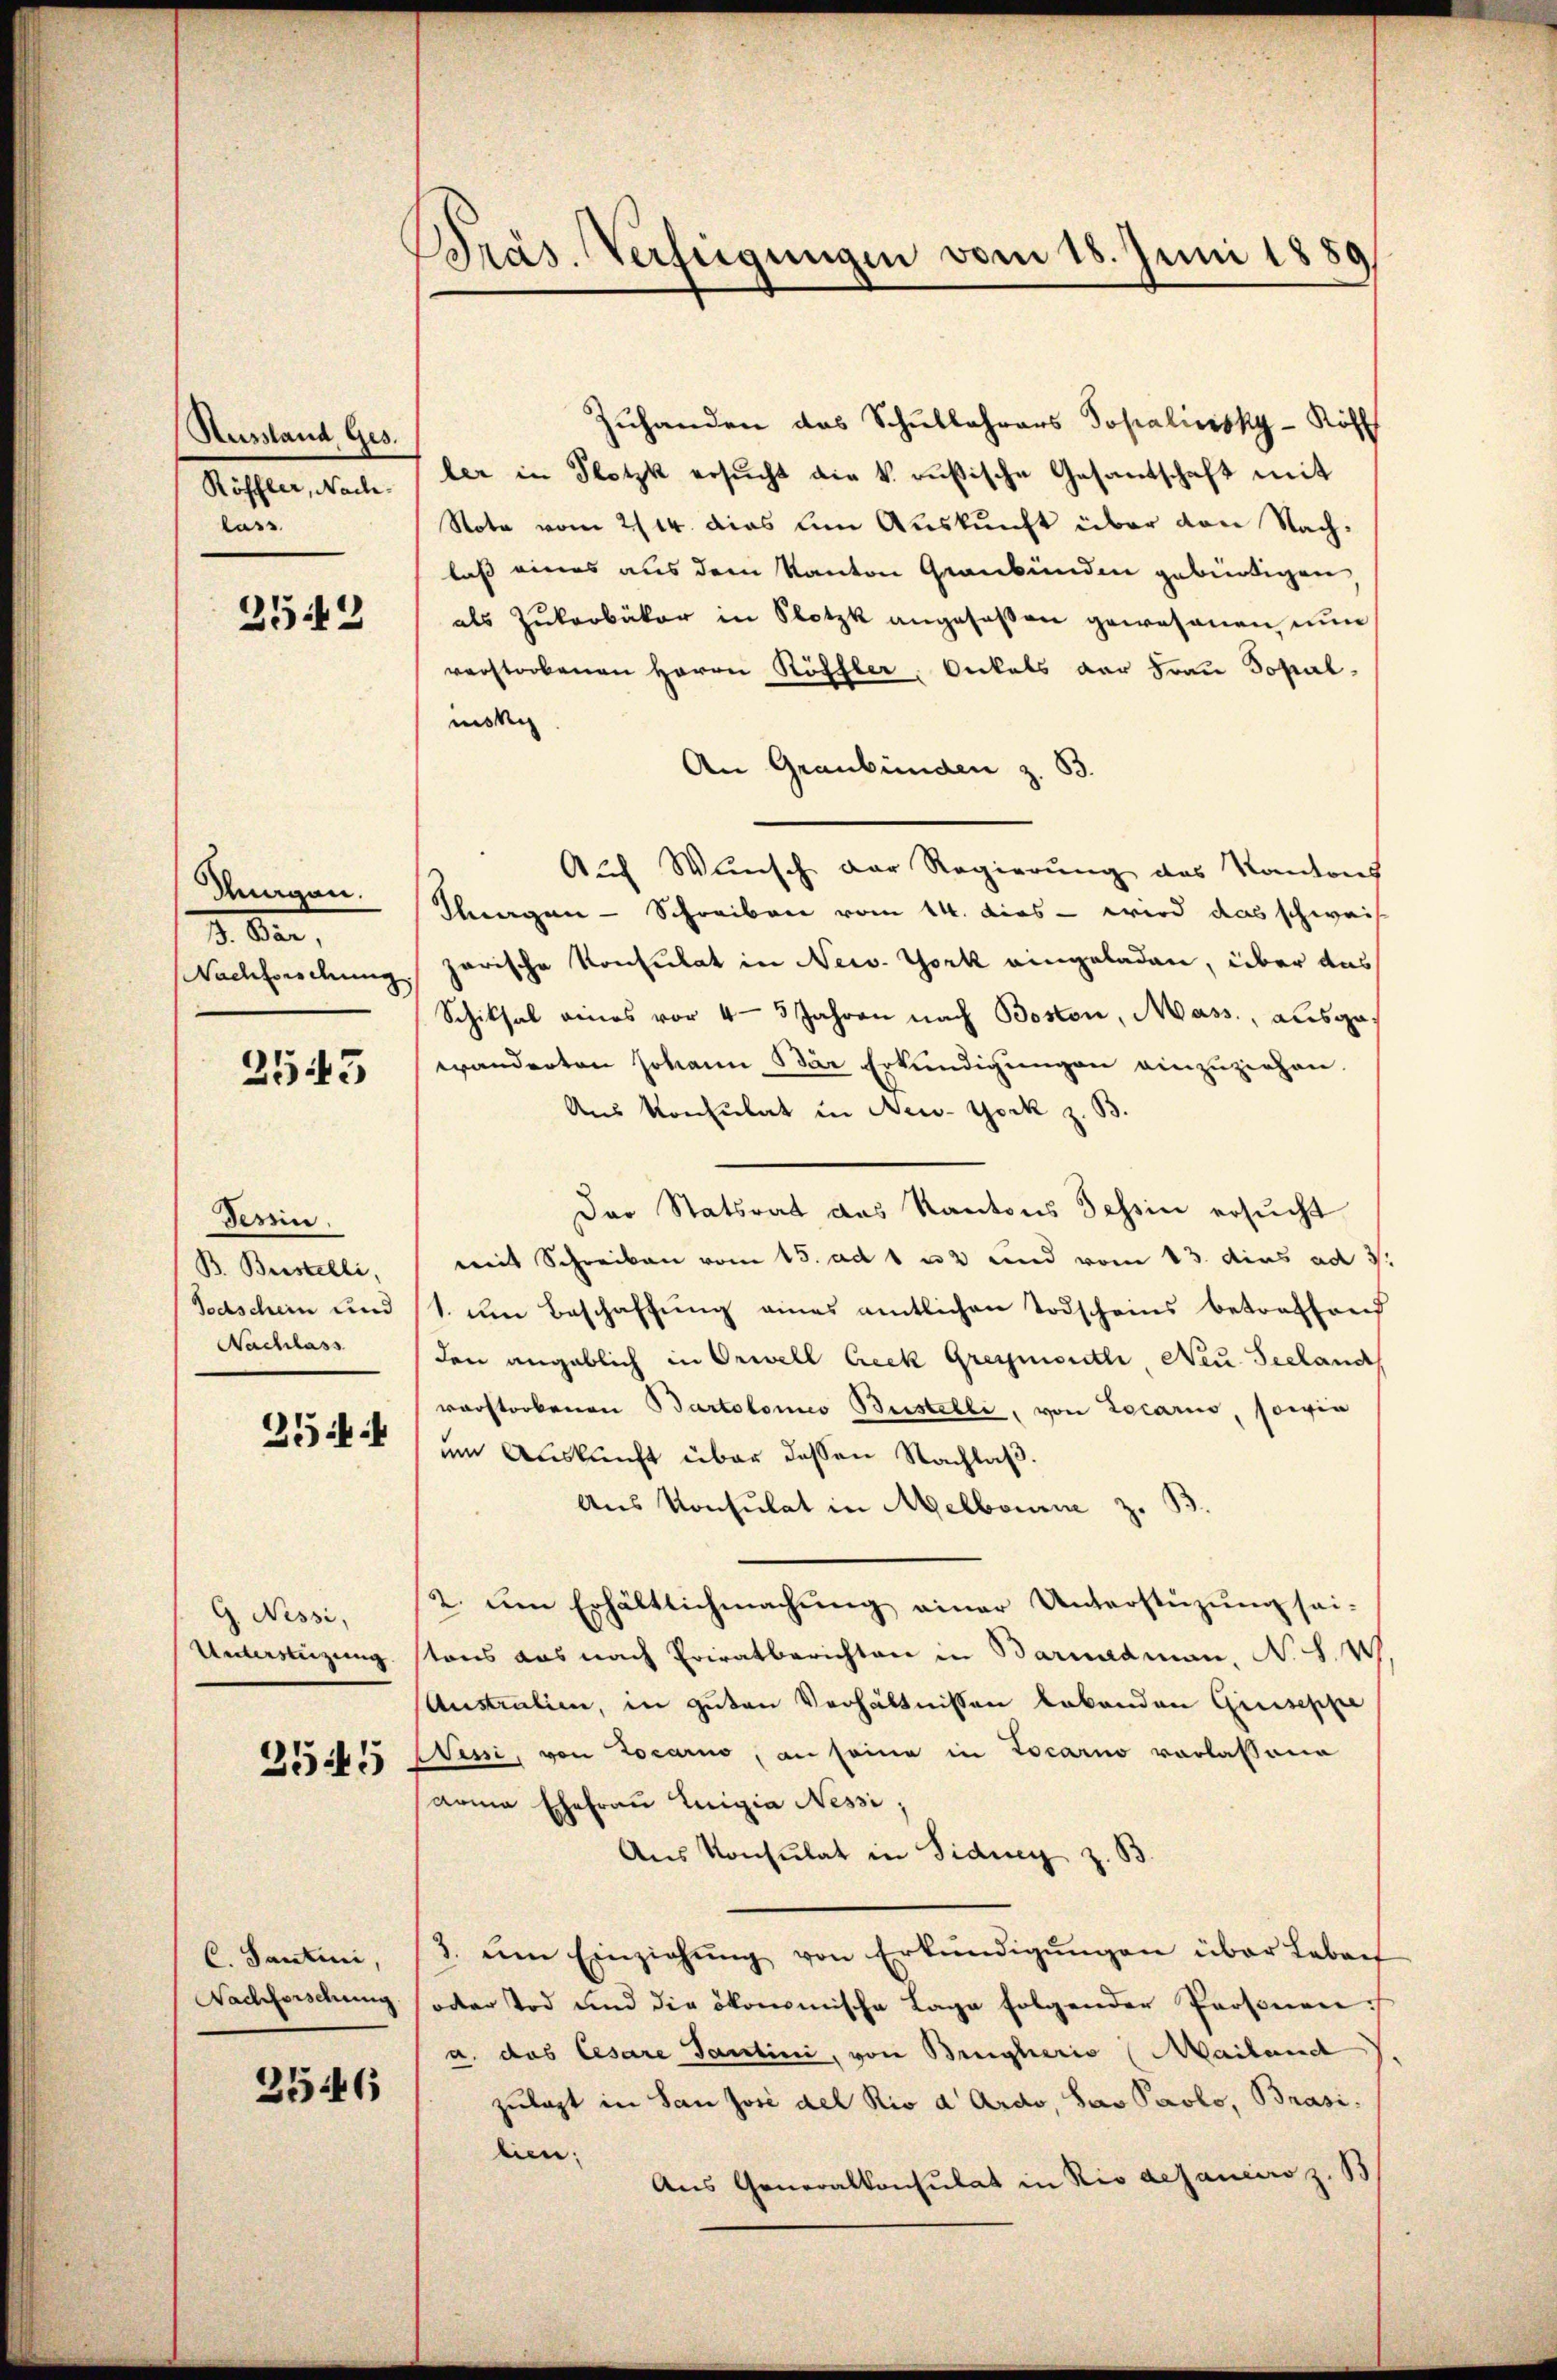
Aussland Ges.
Röffler, Nachlass

2542

dungen.
3. Dir,
Nachterdung

2543

Tessin.
B. Bestelli,
Todschein und
Nachlass

254

G. Nessi,
Unterstüzung

2545

C. Santini,
Nachforschung

2546

Präs. Verfügungen vom 18. Juni 1889

Zuhanden das Schullehrers Topalinsky - Röhl
ler in Plotzk ersŭcht die k. rusische Gesantschaft mit
Note vom 2/14. dies am Auskunft über den Nachlaß eines aus dem Kanton Graubünden gebürtigen
als Zukerbäker in Klotzk angeseßen gewesenen nun
verstorbenen Herrn Köffler, Onkels der Frau Sopal-
msk
An Graubünden z. B.
Auf Wunsch der Regierung des Kantons
Klangen - Schreiben vom 14. dies - wird das schweis
garische Konsulat in New York eingeladen, über das
Schiksal eines vor 4 - 5 Jahren nach Boston, Mass, ausgawänderten Johann Bär Erkundigungen einzuziehen.
Aus Konsulat in New-York z. B.
Der Statsrat das Kantons Tessin ersucht
mit Schreiben vom 15. ad 1 u 2 und vom 13. dies ad 3.
1 um Beschaffung eines amtlichen Todscheins betreffend
den angeblich in Orell Ceck Greymouth Neu Seeland
vorstorbenen Bartolomeo Bustelli, von Locario sowie
um Auskunft über dessen Nachlaβ.
Aus Konsulat in Melbourne z. B
2. um Erhältlichmachung einer Unterstüzung sei-
stons das nach Privatberichten in Barnadman, No. 8. W
Australien, in guten Verhältnissen lebenden Gruseppe
Sessi, von Locarno, an seine in Locarno vorlassene
arma Ehefrau Luigia Nessi,
Aus Konsulat in Fidung z
3. im Einziehŭng von Erkundigŭngen über Labant
oder Tod und die ökonomische Lage folgender Personen.
a. das Cesare Tantini, von Brugheris (Mailand
zulast in San Josi del Rio d Ardo, Sav Paolo, Brasilien.
Aus Generalkonsulat in Rio dejaneiro z. B